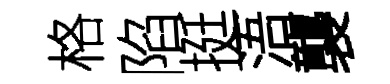
格陷挺浯襲